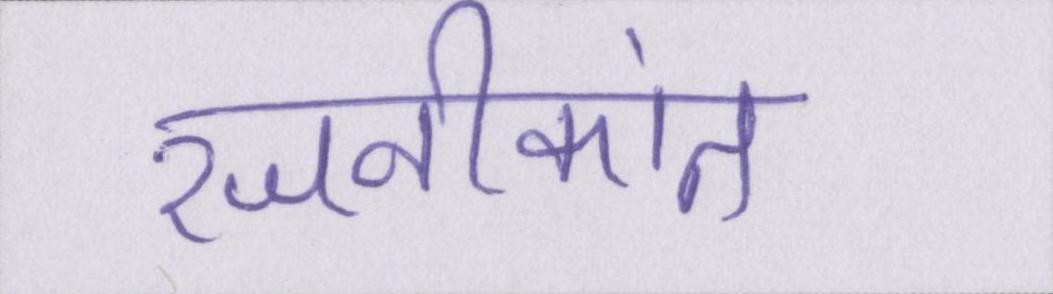
रजनीकांत